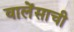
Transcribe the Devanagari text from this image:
वालेंसाची